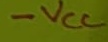
Text: -VCC